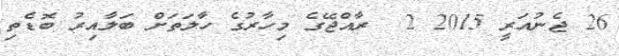
26 ޖެނުއަރީ 2015 2  ރާއްޖޭގެ މިހާރުގެ ހާލަތަށް ބަލާއިރު ބޮޑެތި